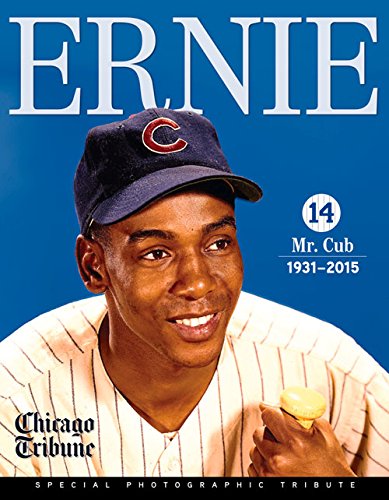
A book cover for Ernie: Mr. Cub; Chicago Tribune; Biographies & Memoirs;